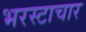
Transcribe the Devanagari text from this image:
भरस्टाचार